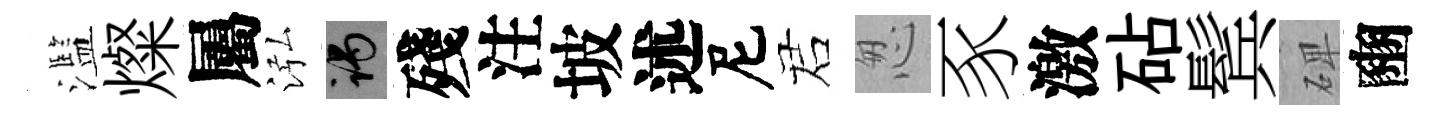
濫燦屬泓谒殘注坡述尼诺怱豕激砧鬂𥓓豳